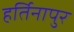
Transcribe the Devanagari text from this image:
हर्तिनापुर